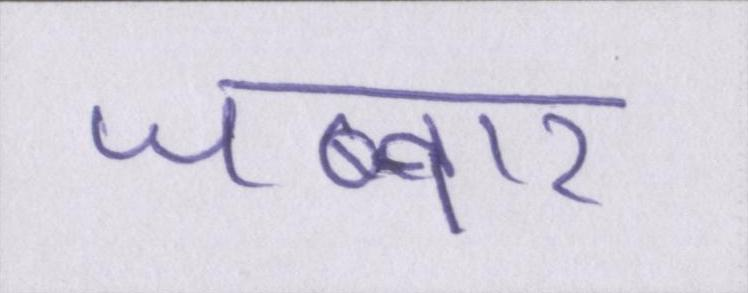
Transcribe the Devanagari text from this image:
जब्बार